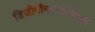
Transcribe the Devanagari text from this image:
डिजीमॉनमताधिकार